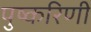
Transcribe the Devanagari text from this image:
पुष्‍करिणी